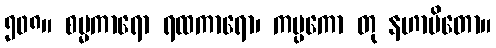
၅၀၈။ စမ္မကာရော ရထကာရော၊ ကပ္ပကော တု နဟာပိတော။